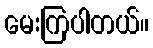
မေးကြပါတယ်။